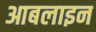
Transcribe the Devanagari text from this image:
आबलाइन